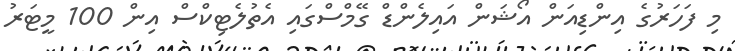
މި ފަހަރުގެ އިންޑިއަން އޯޝަން އައިލެންޑް ގޭމްސްގައި އެތުލެޓިކްސް އިން 100 މީޓަރު